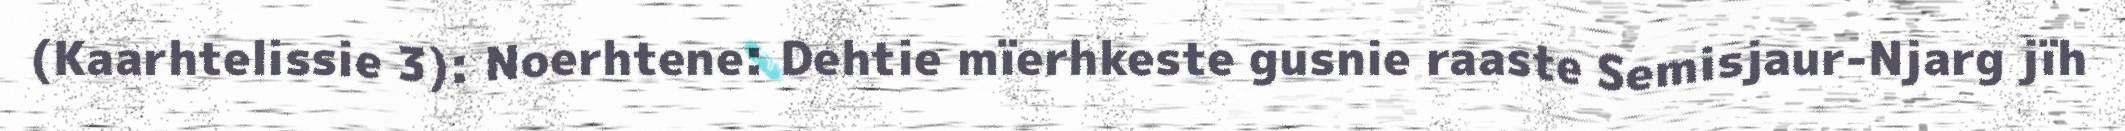
(Kaarhtelissie 3): Noerhtene: Dehtie mïerhkeste gusnie raaste Semisjaur-Njarg jïh